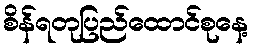
စိန်ရတုပြည်ထောင်စုနေ့